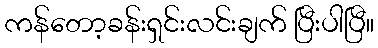
ကန်တော့ခန်းရှင်းလင်းချက် ပြီးပါပြီ။